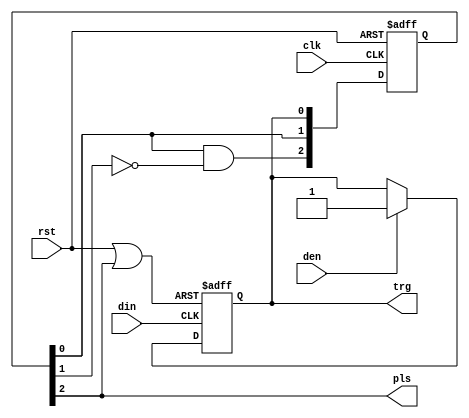
module re1ce(den, din, clk, rst, trg, pls);

///////////////////////////////////////////////////////////////////////////////
//
//  Module Port Declarations
//

input   den;
input   din;
input   clk;
input   rst;
output  trg;
output  pls;

///////////////////////////////////////////////////////////////////////////////
//
//  Module Level Declarations
//

reg     QIn;
reg     [2:0] QSync;

wire    Rst_QIn;

///////////////////////////////////////////////////////////////////////////////
//
//  Implementation
//

assign Rst_QIn = (rst | pls);

always @(posedge din or posedge Rst_QIn) begin
    if(Rst_QIn)
        #1 QIn <= 1'b0;
    else if(den)
        #1 QIn <= den;
end
assign trg = QIn;

always @(posedge clk or posedge rst) begin
    if(rst)
        #1 QSync <= 3'b0;
    else 
        #1 QSync <= {QSync[0] & ~QSync[1], QSync[0], QIn};
end
assign pls = QSync[2];

endmodule